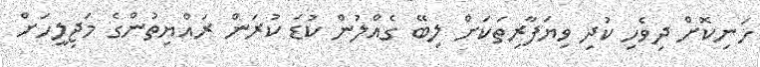
ހަނިކޮށް ދިވެހި ކުދި ވިޔަފާރިތަކަށް ލިބޭ ގެއްލުން ކުޑަ ކުރަން ރައްޔިތުންގެ މަޖިލީހަށް